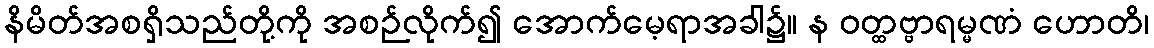
နိမိတ်အစရှိသည်တို့ကို အစဉ်လိုက်၍ အောက်မေ့ရာအခါ၌။ န ဝတ္ထဗ္ဗာရမ္မဏံ ဟောတိ၊